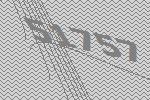
51757